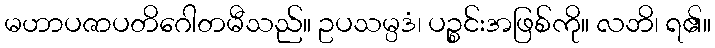
မဟာပဇာပတိဂေါတမီသည်။ ဥပသမ္ပဒံ၊ ပဉ္စင်းအဖြစ်ကို။ လဘိ၊ ရ၏။